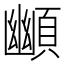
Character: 䫜